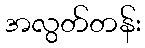
အလွတ်တန်း